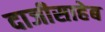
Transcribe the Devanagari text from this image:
दाजीसाहेब